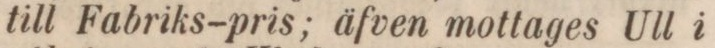
till Fabriks-pris; äfven mottages Ull i